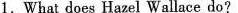
1.What does Hazel Wallace do?